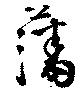
藩